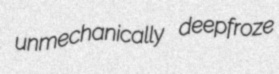
unmechanically deepfroze